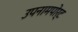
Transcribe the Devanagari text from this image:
उपनामपोर्ट